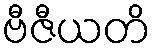
ဗီဇီယတိ